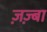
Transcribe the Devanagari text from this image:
ज़ज़्बा